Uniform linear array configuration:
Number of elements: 4
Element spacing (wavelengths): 0.75
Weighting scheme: uniform
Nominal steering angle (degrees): -60
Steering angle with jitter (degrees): -58.352
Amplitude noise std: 0.05
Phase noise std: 0.05

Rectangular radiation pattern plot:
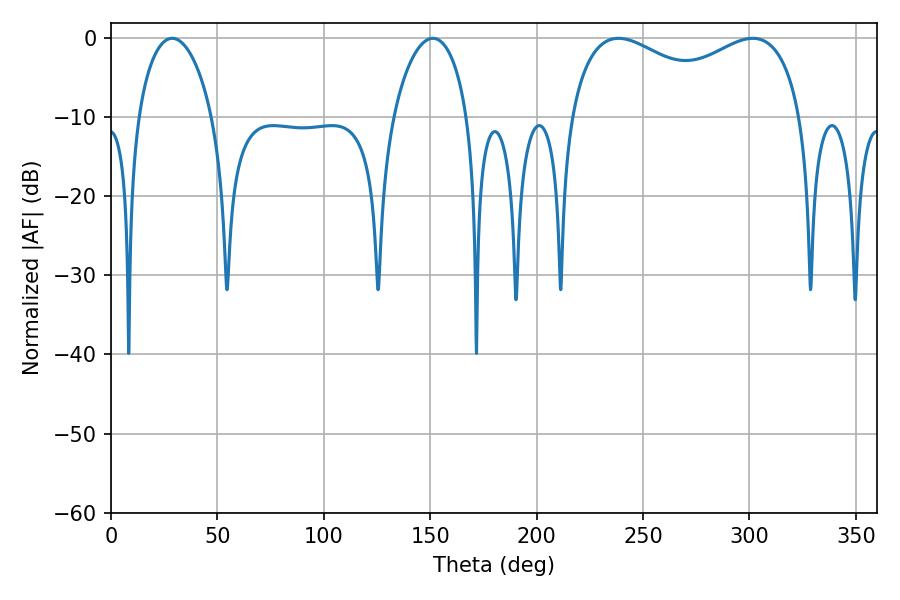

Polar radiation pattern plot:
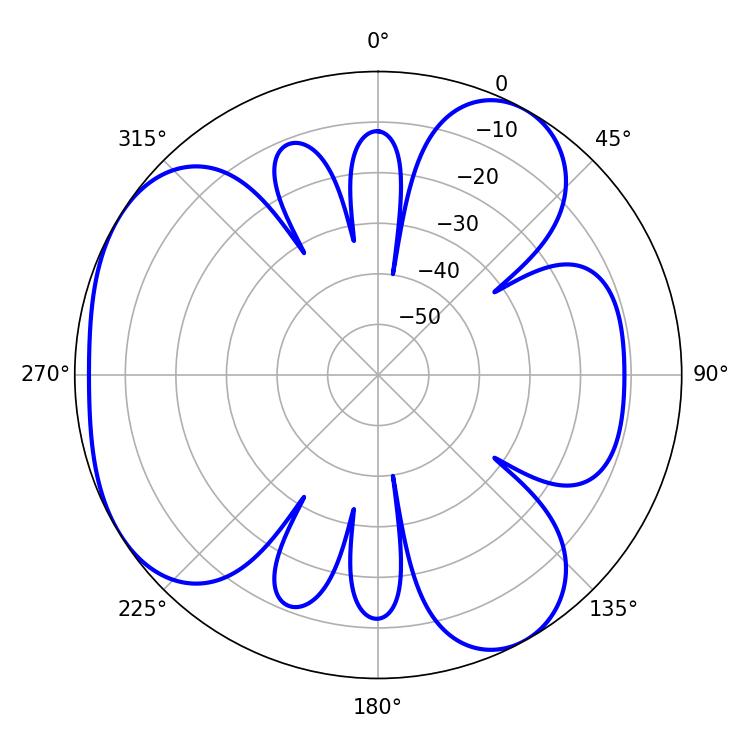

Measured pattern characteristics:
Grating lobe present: TRUE
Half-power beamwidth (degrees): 91.08
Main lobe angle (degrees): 238.5